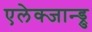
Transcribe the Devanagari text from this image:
एलेक्जान्ड्रु